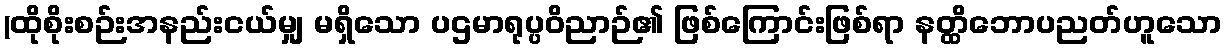
(ထိုစိုးစဉ်းအနည်းငယ်မျှ မရှိသော ပဌမာရုပ္ပဝိညာဉ်၏ ဖြစ်ကြောင်းဖြစ်ရာ နတ္ထိဘောပညတ်ဟူသော